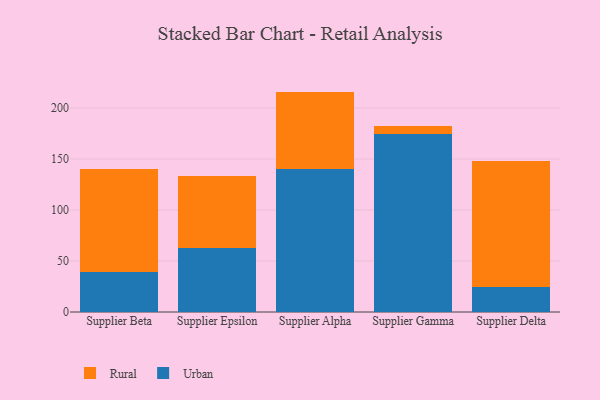
{"axis": {"x": "Supplier", "y": "Net Income (USD K)"}, "legend": ["Rural", "Urban"], "data": [{"x": "Supplier Beta", "y": 39.5, "type": "Urban"}, {"x": "Supplier Beta", "y": 101.1, "type": "Rural"}, {"x": "Supplier Epsilon", "y": 63.1, "type": "Urban"}, {"x": "Supplier Epsilon", "y": 69.9, "type": "Rural"}, {"x": "Supplier Alpha", "y": 140.6, "type": "Urban"}, {"x": "Supplier Alpha", "y": 75.5, "type": "Rural"}, {"x": "Supplier Gamma", "y": 175.0, "type": "Urban"}, {"x": "Supplier Gamma", "y": 6.9, "type": "Rural"}, {"x": "Supplier Delta", "y": 24.8, "type": "Urban"}, {"x": "Supplier Delta", "y": 123.4, "type": "Rural"}]}